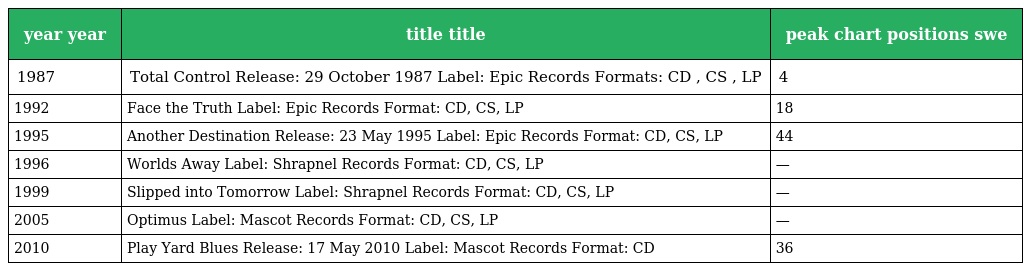
| year year | title title | peak chart positions swe |
 | --- | --- | --- |
 | 1987 | Total Control Release: 29 October 1987 Label: Epic Records Formats: CD , CS , LP | 4 |
 | 1992 | Face the Truth Label: Epic Records Format: CD, CS, LP | 18 |
 | 1995 | Another Destination Release: 23 May 1995 Label: Epic Records Format: CD, CS, LP | 44 |
 | 1996 | Worlds Away Label: Shrapnel Records Format: CD, CS, LP | — |
 | 1999 | Slipped into Tomorrow Label: Shrapnel Records Format: CD, CS, LP | — |
 | 2005 | Optimus Label: Mascot Records Format: CD, CS, LP | — |
 | 2010 | Play Yard Blues Release: 17 May 2010 Label: Mascot Records Format: CD | 36 |